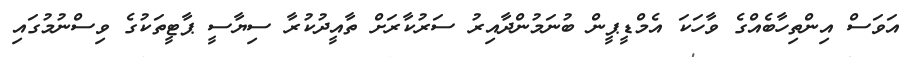
އަވަސް އިންތިހާބެއްގެ ވާހަކަ އެމްޑީޕީން ބުނަމުންދާއިރު ސަރުކާރަށް ތާއީދުކުރާ ސިޔާސީ ޕާޓީތަކުގެ ވިސްނުމުގައި